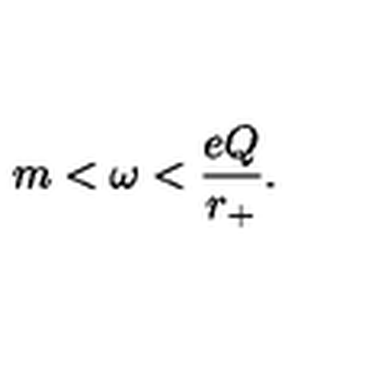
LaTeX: m < \omega < \frac { e Q } { r _ { + } } .